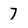
Character: 7